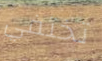
تختفي